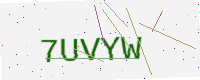
Text: 7UVYW